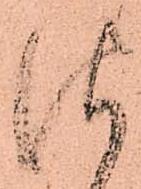
仕